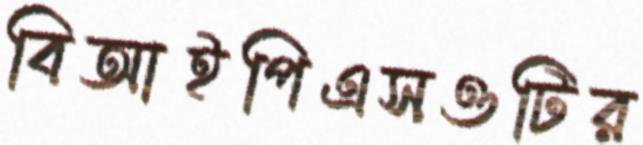
বিআইপিএসওটির